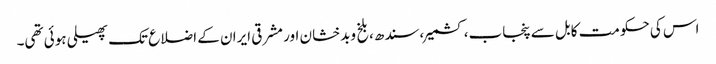
اس کی حکومت کابل سے پنجاب،کشمیر،سندھ،بلخ وبدخشان اور مشرقی ایران کے اضلاع تک پھیلی ہوئی تھی۔